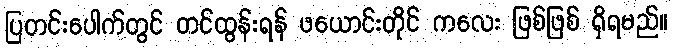
ပြတင်းပေါက်တွင် တင်ထွန်းရန် ဖယောင်းတိုင် ကလေး ဖြစ်ဖြစ် ရှိရမည်။